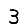
Digit: 3